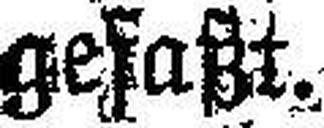
gefaßt.